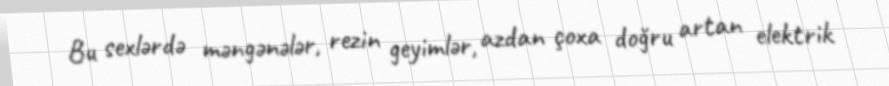
Bu sexlərdə məngənələr, rezin geyimlər, azdan çoxa doğru artan elektrik